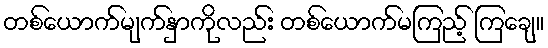
တစ်ယောက်မျက်နှာကိုလည်း တစ်ယောက်မကြည့် ကြချေ။